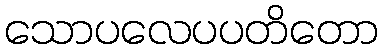
သောပလေပပတိတော